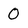
Character: 0